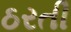
ઠરતી